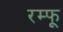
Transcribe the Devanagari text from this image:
रम्फू